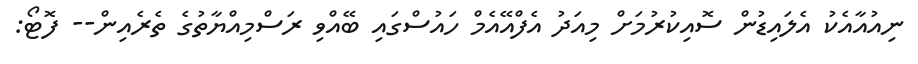
ނިއުއާއެކު އެލައިޑުން ސޮއިކުރުމަށް މިއަދު އެފްއޭއެމް ހައުސްގައި ބޭއްވި ރަސްމިއްޔާތުގެ ތެރެއިން-- ފޮޓޯ: